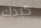
كبدك